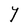
Character: Y